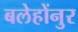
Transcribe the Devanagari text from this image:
बलेहोंनुर